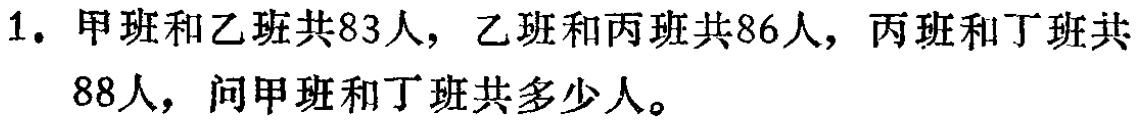
1. 甲班和乙班共83人，乙班和丙班共86人，丙班和丁班共88人，问甲班和丁班共多少人。